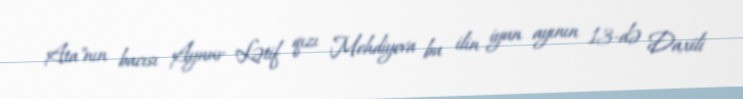
Ata"nın bacısı Aynur Lətif qızı Mehdiyeva bu ilin iyun ayının 13-də Daxili